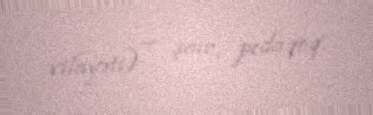
vilayəti) — şair, pedaqoq.